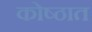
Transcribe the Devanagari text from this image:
कोष्ठात